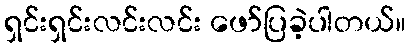
ရှင်းရှင်းလင်းလင်း ဖော်ပြခဲ့ပါတယ်။